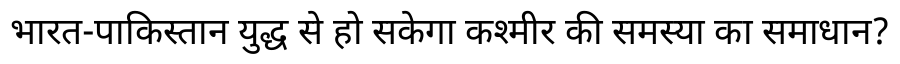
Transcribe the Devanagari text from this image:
भारत-पाकिस्तान युद्ध से हो सकेगा कश्मीर की समस्या का समाधान?